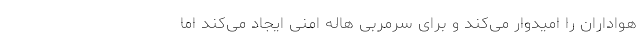
هواداران را امیدوار می‌کند و برای سرمربی هاله امنی ایجاد می‌کند اما